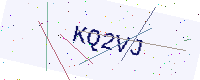
Text: KQ2VJ